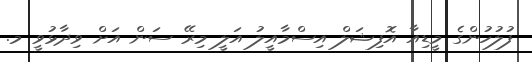
ފުލުހުންގެ މީޑިއާ އޮފިޝަލް އިސްމާއީލު އަލީ މިރޭ ސަން އަށް ވިދާޅުވީ މ.